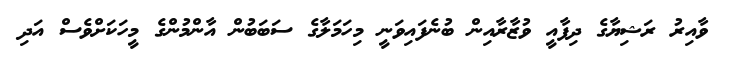
ވާއިރު ރަޝިޔާގެ ދިފާއީ ވުޒާރާއިން ބުނެފައިވަނީ މިހަމަލާގެ ސަބަބުން އާންމުންގެ މީހަކަށްވެސް އަދި